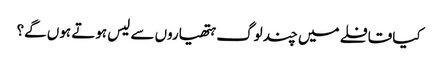
کیا قافلے میں چند لوگ ہتھیاروں سے لیس ہوتے ہوں گے؟